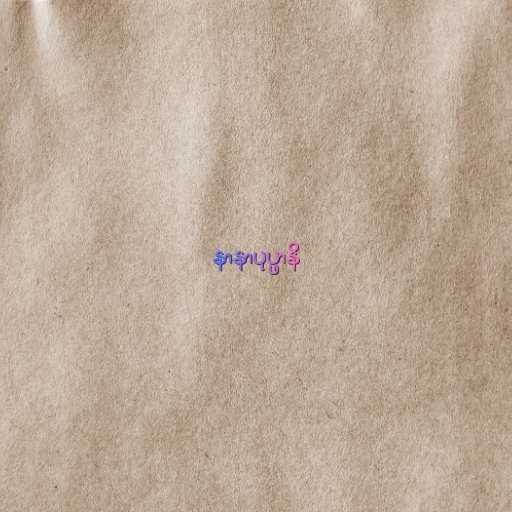
နာနာပုပ္ဖာနိ